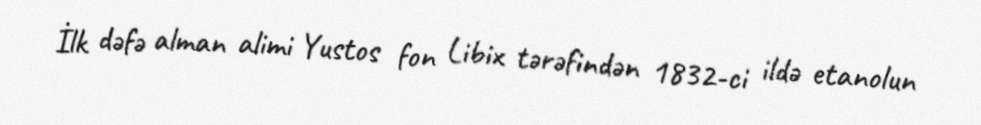
İlk dəfə alman alimi Yustos fon Libix tərəfindən 1832-ci ildə etanolun